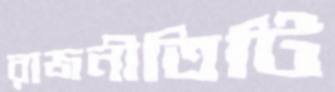
রাজনীতিটি